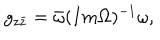
g _ { z \bar { z } } = \bar { \omega } ( I m \Omega ) ^ { - 1 } \omega ,